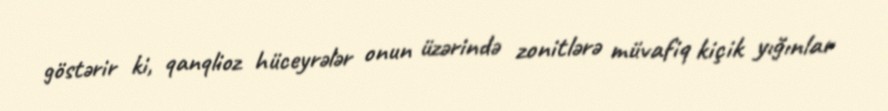
göstərir ki, qanqlioz hüceyrələr onun üzərində zonitlərə müvafiq kiçik yığınlar